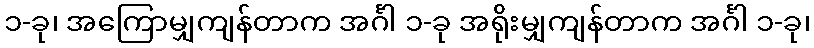
၁-ခု၊ အကြောမျှကျန်တာက အင်္ဂါ ၁-ခု အရိုးမျှကျန်တာက အင်္ဂါ ၁-ခု၊